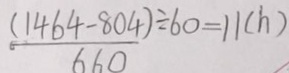
\frac { ( 1 4 6 4 - 8 0 4 ) } { 6 6 0 } \div 6 0 = 1 1 ( h )